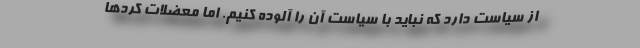
از سیاست دارد که نباید با سیاست آن را آلوده کنیم. اما معضلات کُردها